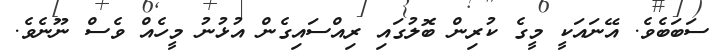
ސަބަބެވެ. އޭނައަކީ މީގެ ކުރިން ބޮލުގައި ރިއްސައިގެން އުޅުނު މީހެއް ވެސް ނޫނެވެ.